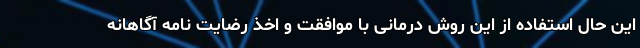
این حال استفاده از این روش درمانی با موافقت و اخذ رضایت نامه آگاهانه